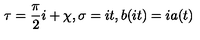
\tau = \frac { \pi } { 2 } i + \chi , \sigma = i t , b ( i t ) = i a ( t )